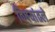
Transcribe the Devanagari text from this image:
विषयांतले